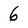
Character: 6